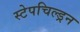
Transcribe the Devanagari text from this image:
स्टेपचिल्ड्रन